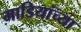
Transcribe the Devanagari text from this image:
माडियांच्या